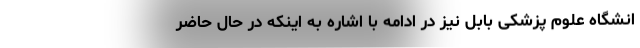
انشگاه علوم پزشکی بابل نیز در ادامه با اشاره به اینکه در حال حاضر